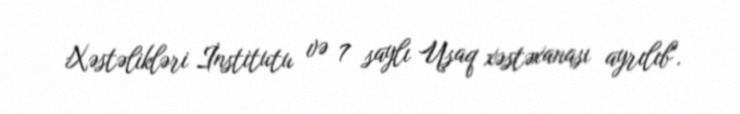
Xəstəlikləri İnstitutu və 7 saylı Uşaq xəstəxanası ayrılıb".